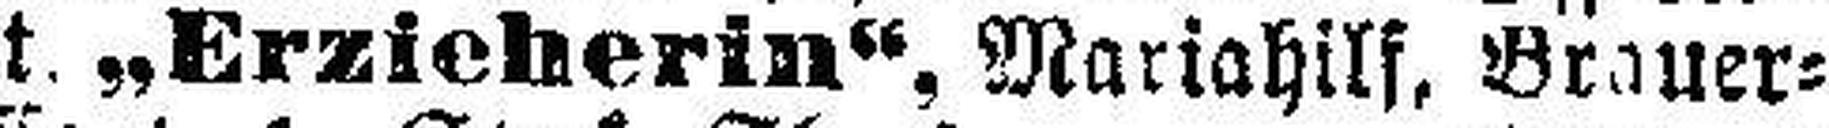
unt. „Erzieherin“, Mariahilf, Brauer¬